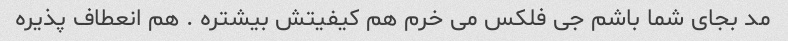
مد بجای شما باشم جی فلکس می خرم هم کیفیتش بیشتره . هم انعطاف پذیره